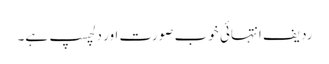
ردیف انتہائی خوب صورت اور دلچسپ ہے۔